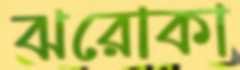
ঝরোকা